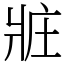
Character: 𤕸